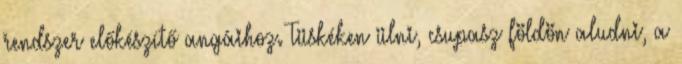
rendszer előkészítő angáihoz. Tüskéken ülni, csupasz földön aludni, a